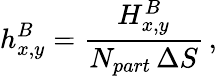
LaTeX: h_{x,y}^{B}=\frac{H_{x,y}^{B}}{N_{part}\, \Delta S}\, ,